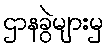
ဌာနခွဲများမှ